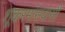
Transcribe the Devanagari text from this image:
शूकरमांसवासी